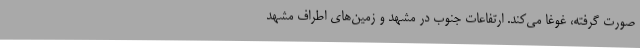
صورت گرفته، غوغا می‌کند. ارتفاعات جنوب در مشهد و زمین‌های اطراف مشهد